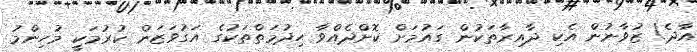
އާދެ! ޒުވާނުން އެކި ދާއިރާތަކުން ގައުމަށް ކޮށްދެއްވާ ޙިދުމަތްތަކުގެ އަގުވަޒަން ކުރުމަކީ މުހިންމު